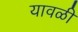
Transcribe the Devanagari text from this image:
यावळी